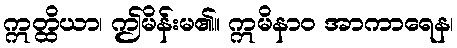
ဣတ္ထိယာ၊ ဤမိန်းမ၏။ ဣမိနာဝ အာကာရေန၊